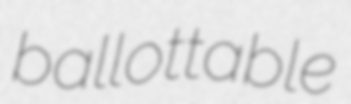
ballottable